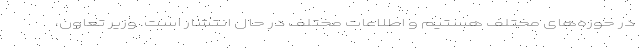
در حوزه‌های مختلف هستیم و اطلاعات مختلف در حال انتشار است. وزیر تعاون،